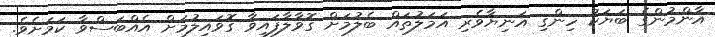
އާންމުންގެ ބަޔަކު ހިންގި އަނިޔާވެރި އަމަލުތައް ބެލުމަށް ގޮވާލާފައިވާ ގޮވައިލުމަށް އެއްބަސްވާ ކަމަށެވެ.